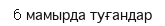
6 мамырда туғандар